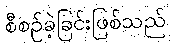
စီစဉ်ခဲ့ခြင်းဖြစ်သည်